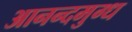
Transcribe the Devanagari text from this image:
आनन्दमुग्ध